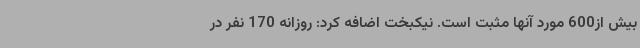
بیش از600 مورد آنها مثبت است. نیکبخت اضافه کرد: روزانه 170 نفر در